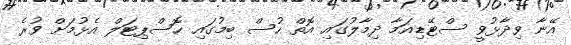
އޭނާ ވިދާޅުވީ ސްޓޭޑިއަމާ ދިމާލުގައި އޮތް ހުސް ބިމުގައި ހޮސްޕިޓަލް އެޅުމަށް ވުރެ